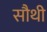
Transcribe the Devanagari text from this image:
सौथी